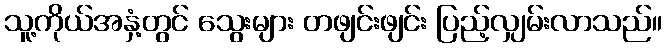
သူ့ကိုယ်အနှံ့တွင် သွေးများ တဖျင်းဖျင်း ပြည့်လျှမ်းလာသည်။